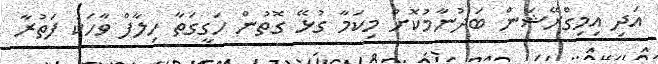
އަދި އިމިގްރޭޝަން ބަދުނާމުކޮށް މިކަމާ ގުޅޭ ގޮތުން ހަގީގަތާ ހިލާފް ވާހަކަ ފަތުރާ